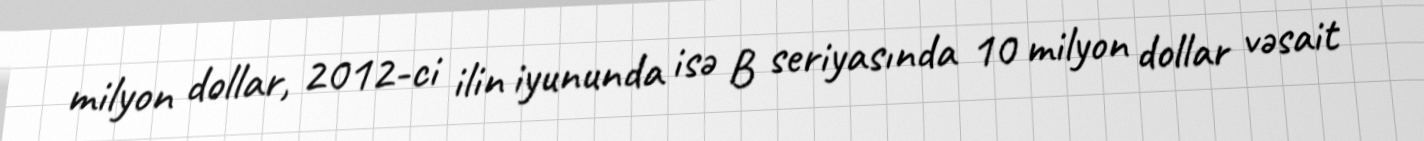
milyon dollar, 2012-ci ilin iyununda isə B seriyasında 10 milyon dollar vəsait